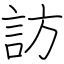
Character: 訪